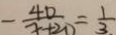
- \frac { 4 0 } { x + 2 0 } = \frac { 1 } { 3 . }